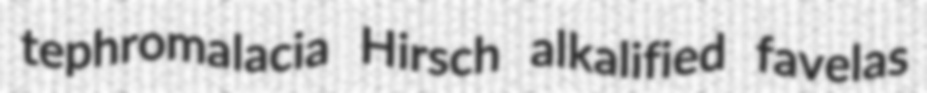
tephromalacia Hirsch alkalified favelas